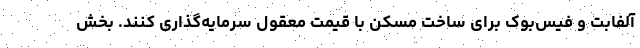
آلفابت و فیس‌بوک برای ساخت مسکن با قیمت معقول سرمایه‌گذاری کنند. بخش